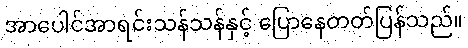
အာပေါင်အာရင်းသန်သန်နှင့် ပြောနေတတ်ပြန်သည်။